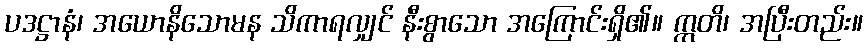
ပဒဋ္ဌာနံ၊ အယောနိသောမန သိကာရလျှင် နီးစွာသော အကြောင်းရှိ၏။ ဣတိ၊ အပြီးတည်း။